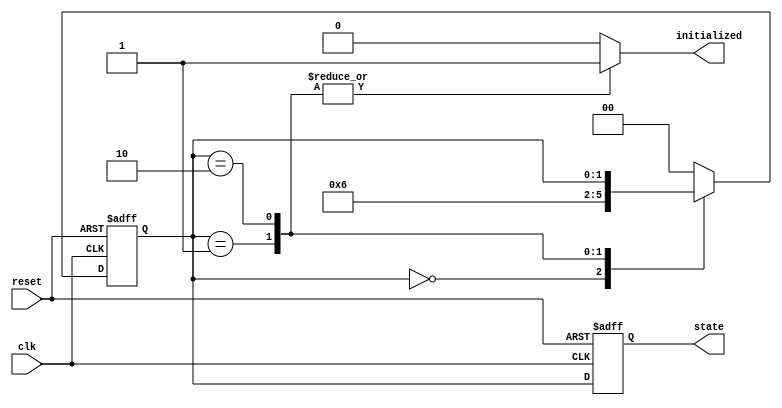
module ClockCycleInitialization (
    input wire clk,          // Clock signal
    input wire reset,        // Asynchronous reset signal
    output reg initialized,  // Initialization completed signal
    output reg [1:0] state   // Current state of the system
);

// State encoding
localparam IDLE        = 2'b00;
localparam INITIALIZING = 2'b01;
localparam READY      = 2'b10;

// Internal state variable
reg [1:0] current_state, next_state;

// Sequential logic for state transition
always @(posedge clk or posedge reset) begin
    if (reset) begin
        current_state <= IDLE; // Transition to IDLE state on reset
    end else begin
        current_state <= next_state; // Transition to next state on clock edge
    end
end

// Combinational logic for next state and output logic
always @(*) begin
    // Default values
    next_state = current_state;
    initialized = 0; // Default to not initialized
    
    case (current_state)
        IDLE: begin
            next_state = INITIALIZING; // Move to INITIALIZING state
        end
        
        INITIALIZING: begin
            // Perform initialization logic here
            // Example: Initialize registers or outputs
            
            // After initialization is done, transition to READY state
            next_state = READY;
            initialized = 1; // Indicate initialization is complete
        end
        
        READY: begin
            // Remain in READY state
            initialized = 1; // Still initialized
        end
        
        default: begin
            next_state = IDLE; // Fallback to IDLE state
        end
    endcase
end

// Output state representation
always @(posedge clk or posedge reset) begin
    if (reset) begin
        state <= IDLE; // Reset state to IDLE
    end else begin
        state <= current_state; // Update state output
    end
end

endmodule